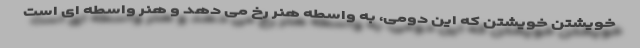
خویشتن خویشتن که این دومی، به واسطه هنر رخ می دهد و هنر واسطه ای است